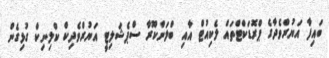
ބައިފާ އަޔުރްވެދާގެ ޕްރޮޑަކްޓްތައް ލެކިއުޓް އާއި ބްލަންކޫރާ ސްޕެޝަލިޓީ އަޔުރްވެދިކް ކްލިނިކް ގުޅިގެން